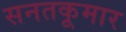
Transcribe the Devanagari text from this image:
सनतकूमार